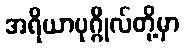
အရိယာပုဂ္ဂိုလ်တို့မှာ